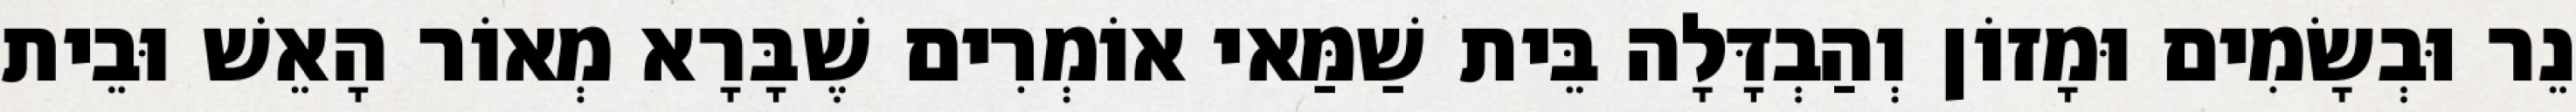
נֵר וּבְשָׂמִים וּמָזוֹן וְהַבְדָּלָה בֵּית שַׁמַּאי אוֹמְרִים שֶׁבָּרָא מְאוֹר הָאֵשׁ וּבֵית